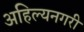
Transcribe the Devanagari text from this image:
अहिल्यनगरी